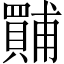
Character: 𱰣